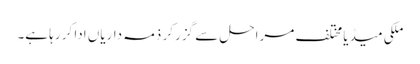
ملکی میڈیا مختلف مراحل سے گزر کر ذمہ داریاں ادا کر رہا ہے۔